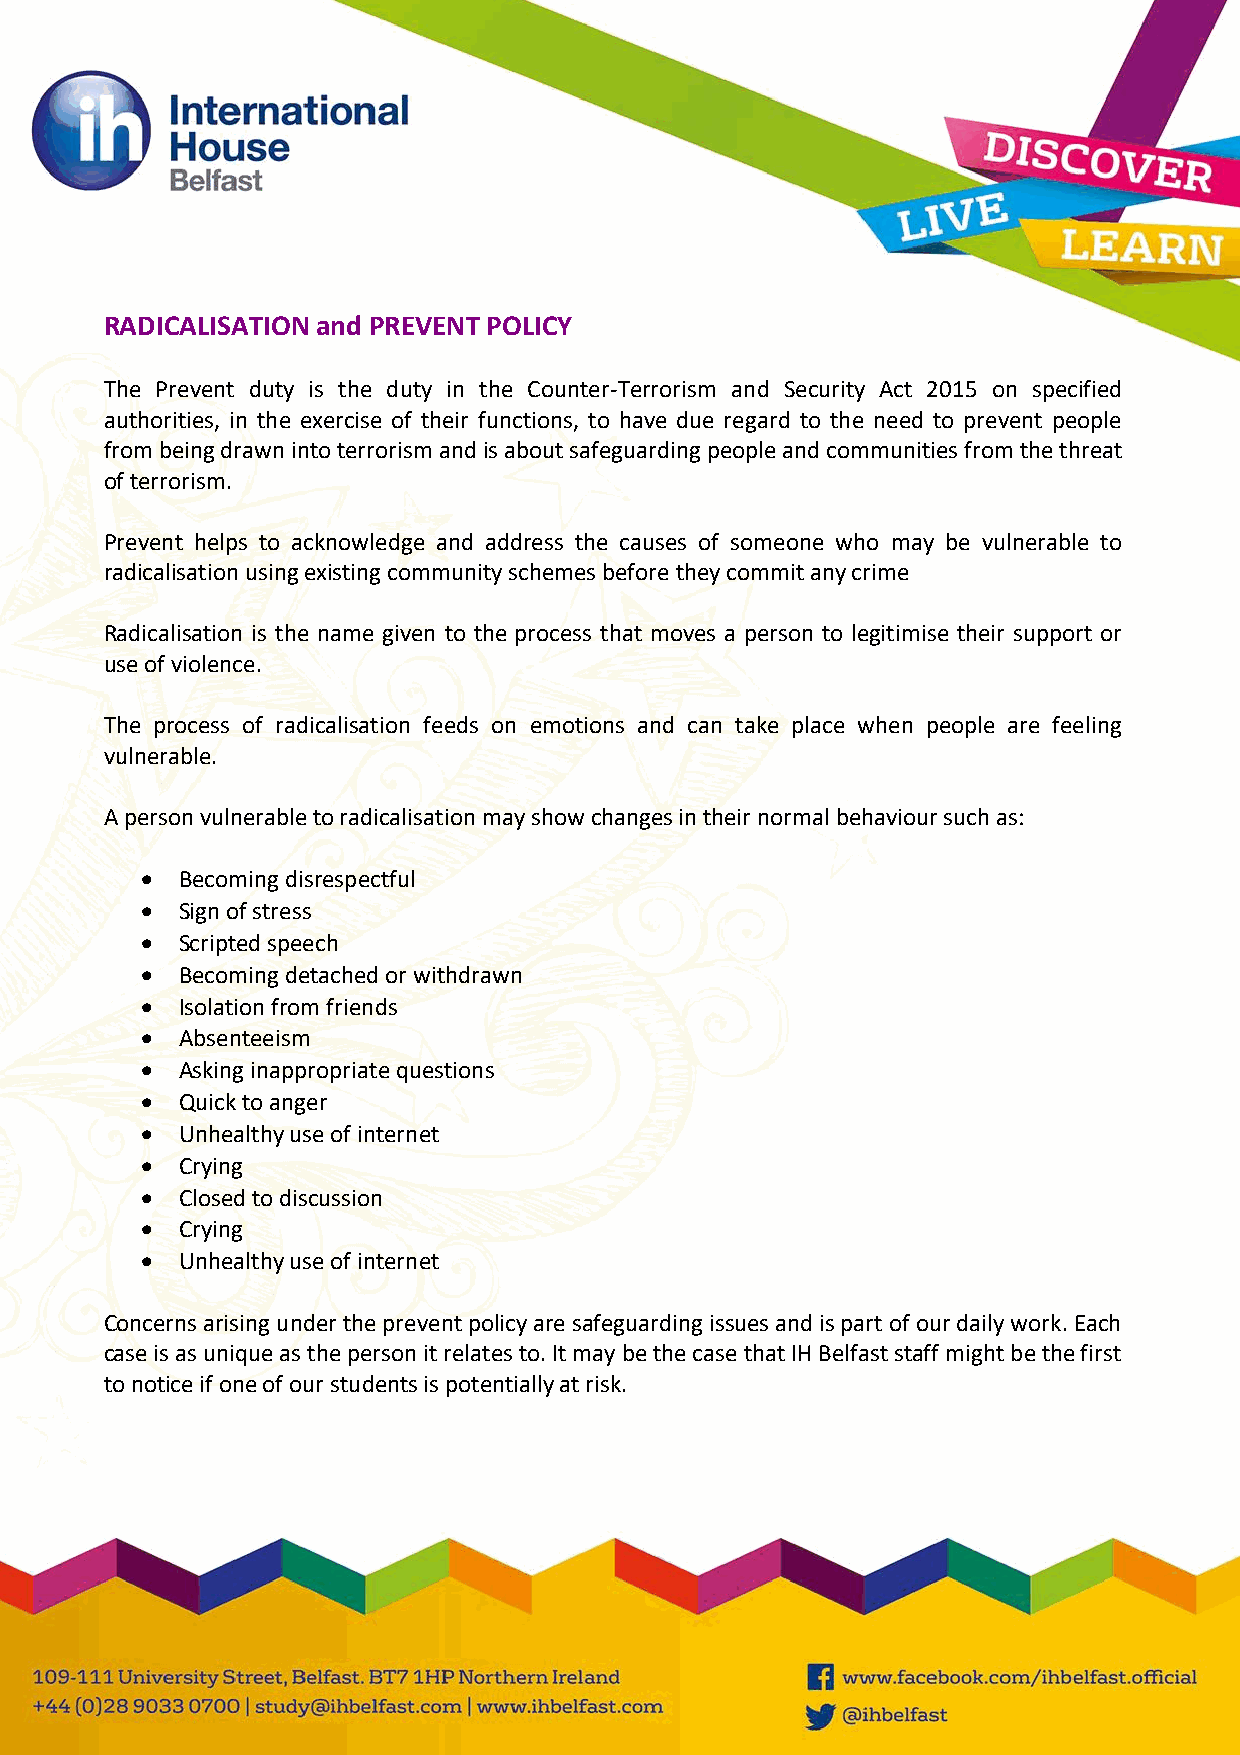
RADICALISATION and PREVENT POLICY
 The Prevent duty is the duty in the Counter-Terrorism and Security Act 2015 on specified
 authorities, in the exercise of their functions, to have due regard to the need to prevent people
 from being drawn into terrorism and is about safeguarding people and communities from the threat
 of terrorism.
 Prevent helps to acknowledge and address the causes of someone who may be vulnerable to
 radicalisation using existing community schemes before they commit any crime
 Radicalisation is the name given to the process that moves a person to legitimise their support or
 use of violence.
 The process of radicalisation feeds on emotions and can take place when people are feeling
 vulnerable.
 A person vulnerable to radicalisation may show changes in their normal behaviour such as:
   Becoming disrespectful
   Sign of stress
   Scripted speech
   Becoming detached or withdrawn
   Isolation from friends
   Absenteeism
   Asking inappropriate questions
   Quick to anger
   Unhealthy use of internet
   Crying
   Closed to discussion
   Crying
   Unhealthy use of internet
 Concerns arising under the prevent policy are safeguarding issues and is part of our daily work. Each
 case is as unique as the person it relates to. It may be the case that IH Belfast staff might be the first
 to notice if one of our students is potentially at risk.